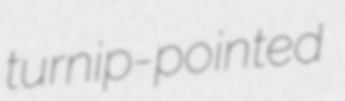
turnip-pointed